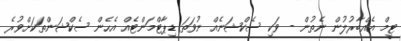
ޓީމް އެއްބާރުލުން ނެތުން - ވަކި ސެކްޝަނެއް ނުވަތަ ޑިޕާޓްމަންޓެއް އެހެން ސެކްޝަންތަކަށްވުރެ